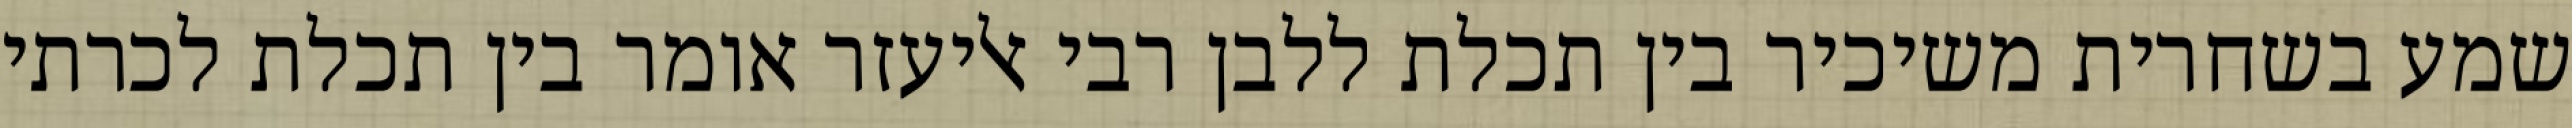
שמע בשחרית משיכיר בין תכלת ללבן רבי אליעזר אומר בין תכלת לכרתי